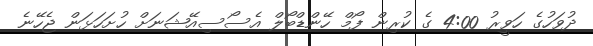
ދުވަހުގެ ހަވީރު 4:00 ގެ ކުރިން ފޯމް ހޭންޑްބޯލް އެސޯސިއޭޝަނަށް ހުށަހަޅަން ޖެހޭނެ